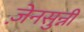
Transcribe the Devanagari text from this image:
ज़ेनसुन्नी